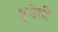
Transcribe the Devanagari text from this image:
बुगेयी